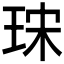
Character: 𤥤